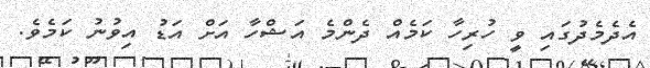
އެދެމެދުގައި ވީ ހުރިހާ ކަމެއް ދެންމެ އަޝްހާ އަށް އަޑު އިވުނު ކަމެވެ.